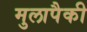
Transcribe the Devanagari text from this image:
मुलापैकी